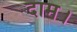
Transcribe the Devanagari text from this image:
दाम।